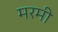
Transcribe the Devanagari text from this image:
मरमी